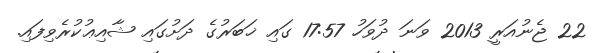
22 ޖެނުއަރީ 2013 ވަނަ ދުވަހު 17:57 ގައި ޚަބަރުގެ ދަށުގައި ޝާއިޢުކުރެވިފައި.